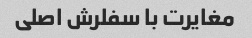
مغایرت با سفلرش اصلی